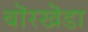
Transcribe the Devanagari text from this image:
बॊरखॆडा